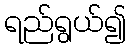
ရည်ရွယ်၍